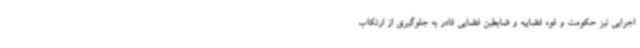
اجرایی نیز حکومت و قوه قضاییه و ضابطین قضایی قادر به جلوگیری از ارتکاب